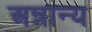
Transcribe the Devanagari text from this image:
अन्नान्य